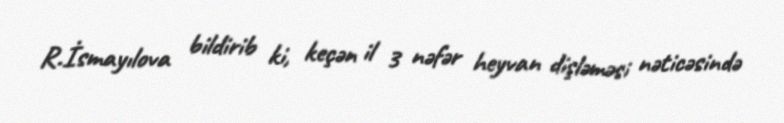
R.İsmayılova bildirib ki, keçən il 3 nəfər heyvan dişləməsi nəticəsində